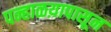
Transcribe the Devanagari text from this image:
पन्हाळय़ापासून